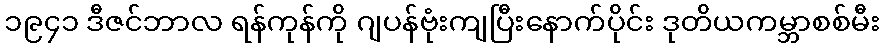
၁၉၄၁ ဒီဇင်ဘာလ ရန်ကုန်ကို ဂျပန်ဗုံးကျပြီးနောက်ပိုင်း ဒုတိယကမ္ဘာစစ်မီး